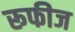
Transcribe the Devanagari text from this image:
रूफीज